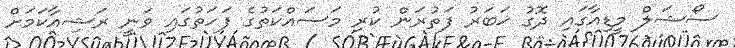
ސޯޝަލް މީޑިއާގައި ދޮގު ޚަބަރު ފަތުރަން ކުރި މަސައްކަތުގެ ފަހަތުގައި ވަނީ ރަޝިއާކަމަށް